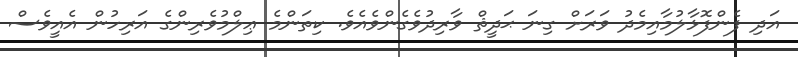
އަދި ފެންފޮޅާލުމާއިމެދު ވަރަށް ގިނަ ޙަދީޘް ވާރިދުވެގެންވެއެވެ. ކިތަންމެ ޢިލްމުވެރިންގެ އަރިހުން އެއީވެސް